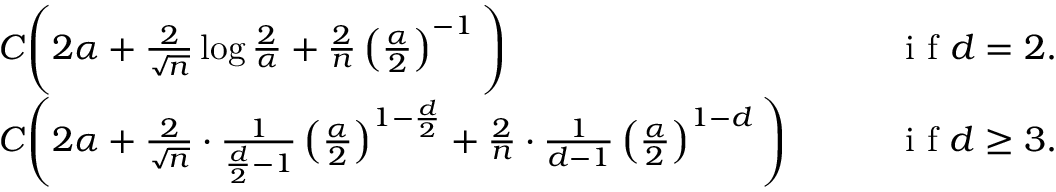
\begin{array} { r l r } & { C \Bigg ( 2 \alpha + \frac { 2 } { \sqrt { n } } \log \frac 2 { \alpha } + \frac { 2 } { n } \left( \frac { \alpha } { 2 } \right) ^ { - 1 } \Bigg ) } & { \quad \textrm { i f } d = 2 . } \\ & { C \Bigg ( 2 \alpha + \frac { 2 } { \sqrt { n } } \cdot \frac { 1 } { \frac { d } { 2 } - 1 } \left( \frac { \alpha } { 2 } \right) ^ { 1 - \frac { d } { 2 } } + \frac { 2 } { n } \cdot \frac { 1 } { d - 1 } \left( \frac { \alpha } { 2 } \right) ^ { 1 - d } \Bigg ) \quad } & { \textrm { i f } d \geq 3 . } \end{array}